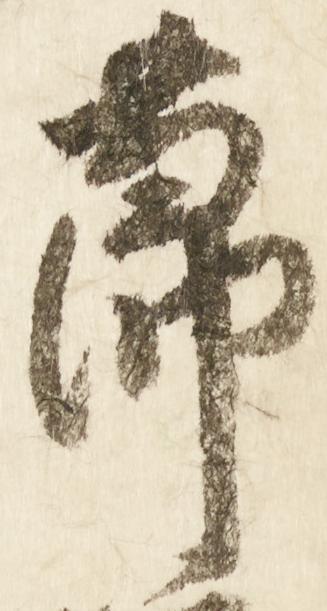
節